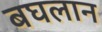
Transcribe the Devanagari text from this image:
बघलान